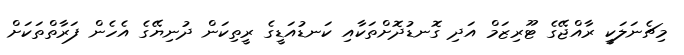
މިޗެނަލަކީ ރާއްޖޭގެ ޓޫރިޒަމް އަދި ގޮނޑުދޮށްތަކާއި ކަނޑުއަޑީގެ ރީތިކަން ދުނިޔޭގެ އެހެން ފަރާތްތަކަށް